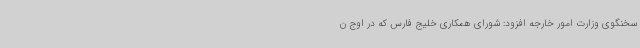
سخنگوی وزارت امور خارجه افزود: شورای همکاری خلیج فارس که در اوج ن